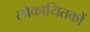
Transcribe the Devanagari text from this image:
लौकायितकों